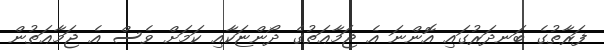
ފަރާތުގެ ބަނދަރުގައި އޮންނަ އެ ޖަމާޢަތުގެ ދޯންޏަކާއި ކަމަށް ވެސް އެ ޖަމާޢަތުން